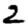
Digit: 2